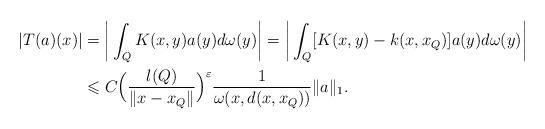
LaTeX: \begin{align*} |T(a)(x)|&=\bigg|\int_Q K(x,y)a(y)d\omega(y)\bigg|=\bigg|\int_Q [K(x,y)-k(x,x_Q)]a(y)d\omega(y)\bigg|\\ &\leqslant C\Big(\frac{\l(Q)}{\|x-x_Q\|}\Big)^\varepsilon \frac{1}{\omega(x, d(x,x_Q))}\|a\|_1. \end{align*}